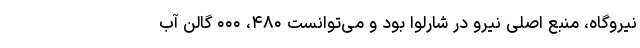
نیروگاه، منبع اصلی نیرو در شارلوا بود و می‌توانست ۴۸۰، ۰۰۰ گالن آب